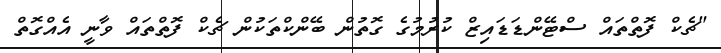
"ޗެކް ފޮތްތައް ސްޓޭންޑަޑައިޒް ކުރުމުގެ ގޮތުން ބޭންކްތަކުން ޗެކް ފޮތްތައް ވާނީ އެއްގޮތް